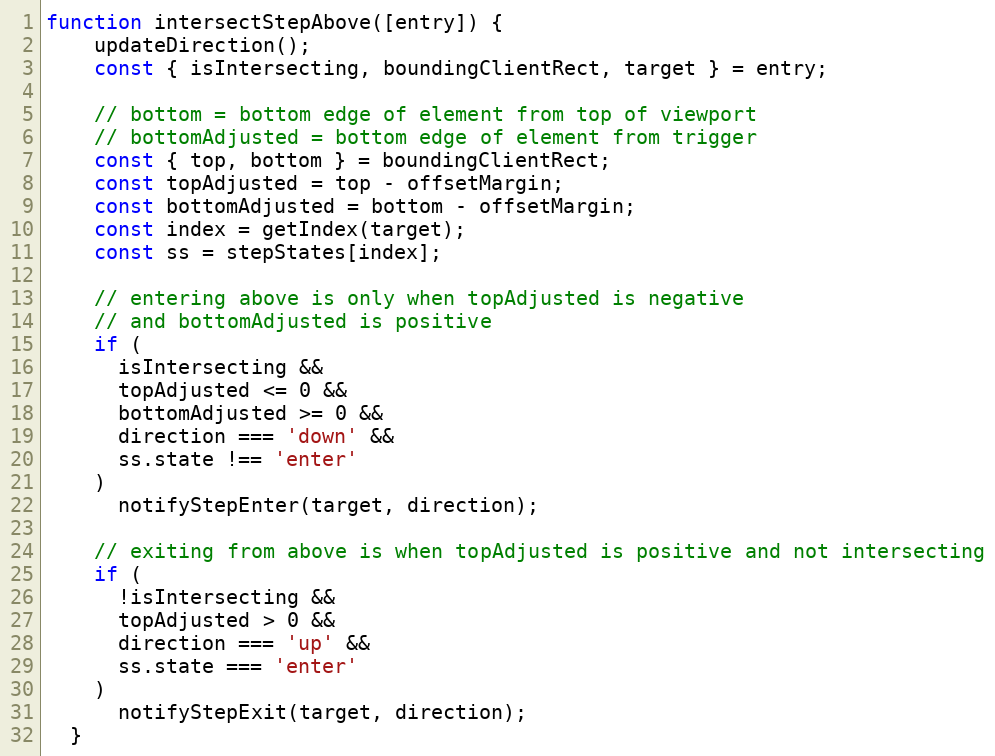
Language: JavaScript
function intersectStepAbove([entry]) {
    updateDirection();
    const { isIntersecting, boundingClientRect, target } = entry;

    // bottom = bottom edge of element from top of viewport
    // bottomAdjusted = bottom edge of element from trigger
    const { top, bottom } = boundingClientRect;
    const topAdjusted = top - offsetMargin;
    const bottomAdjusted = bottom - offsetMargin;
    const index = getIndex(target);
    const ss = stepStates[index];

    // entering above is only when topAdjusted is negative
    // and bottomAdjusted is positive
    if (
      isIntersecting &&
      topAdjusted <= 0 &&
      bottomAdjusted >= 0 &&
      direction === 'down' &&
      ss.state !== 'enter'
    )
      notifyStepEnter(target, direction);

    // exiting from above is when topAdjusted is positive and not intersecting
    if (
      !isIntersecting &&
      topAdjusted > 0 &&
      direction === 'up' &&
      ss.state === 'enter'
    )
      notifyStepExit(target, direction);
  }